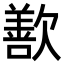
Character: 歚